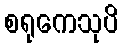
စရုကေသုပိ